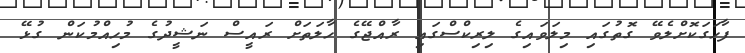
ފާހަގަކޮށްލެވޭ ގޮތުގައި މިލަވައިގެ ލިރިކްސްގައި ރާއްޖޭގެ ހާލަތަށް ރައީސް ނަޝީދުގެ މުހިއްމުކަން ގުޅޭ